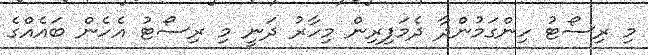
މި ރިސޯޓު ހިންގަމުންދާ ދެމަފިރިން މިހާރު ދަނީ މި ރިސޯޓު އެހެން ބައެއްގެ